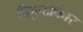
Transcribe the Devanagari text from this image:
त्रिकुटाकार